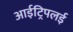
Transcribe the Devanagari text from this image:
आईट्रिपलई